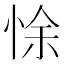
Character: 悇